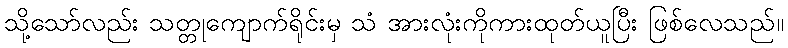
သို့သော်လည်း သတ္တုကျောက်ရိုင်းမှ သံ အားလုံးကိုကားထုတ်ယူပြီး ဖြစ်လေသည်။